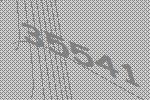
35541